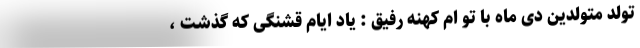
تولد متولدین دی ماه با تو ام کهنه رفیق : یاد ایام قشنگی که گذشت ،